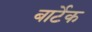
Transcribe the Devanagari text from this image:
बार्टेक